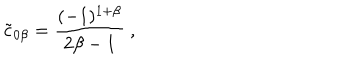
LaTeX: { \tilde { c } } _ { 0 \beta } = { \frac { ( - 1 ) ^ { 1 + \beta } } { 2 \beta - 1 } } \ ,